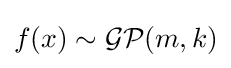
f(x)\sim {\mathcal {GP}}(m,k)